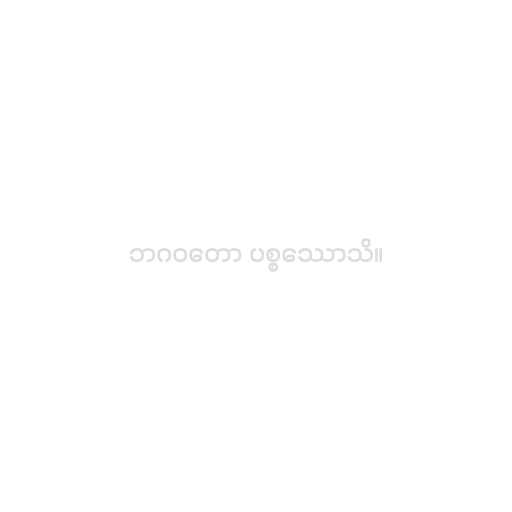
ဘဂဝတော ပစ္စဿောသိ။